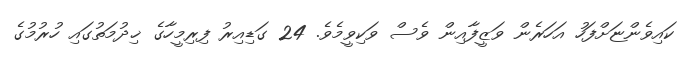
ކައިވެންޏަށްފަހު އަހަރެން ވަޒީފާއިން ވެސް ވަކިވީމެވެ. 24 ގަޑިއިރު ފިރިމީހާގެ ޚިދުމަތުގައި ހުރުމުގެ